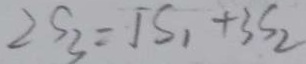
2 S _ { 3 } = 1 S _ { 1 } + 3 S _ { 2 }